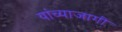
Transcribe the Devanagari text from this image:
यांच्याजागी